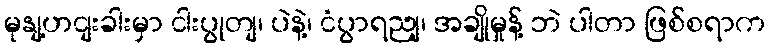
မုနျ့ဟငျးခါးမှာ ငါးပွုတျ၊ ပဲနဲ့၊ ငံပွာရညျ၊ အချိုမှုန့် ဘဲ ပါတာ ဖြစ်စရာက